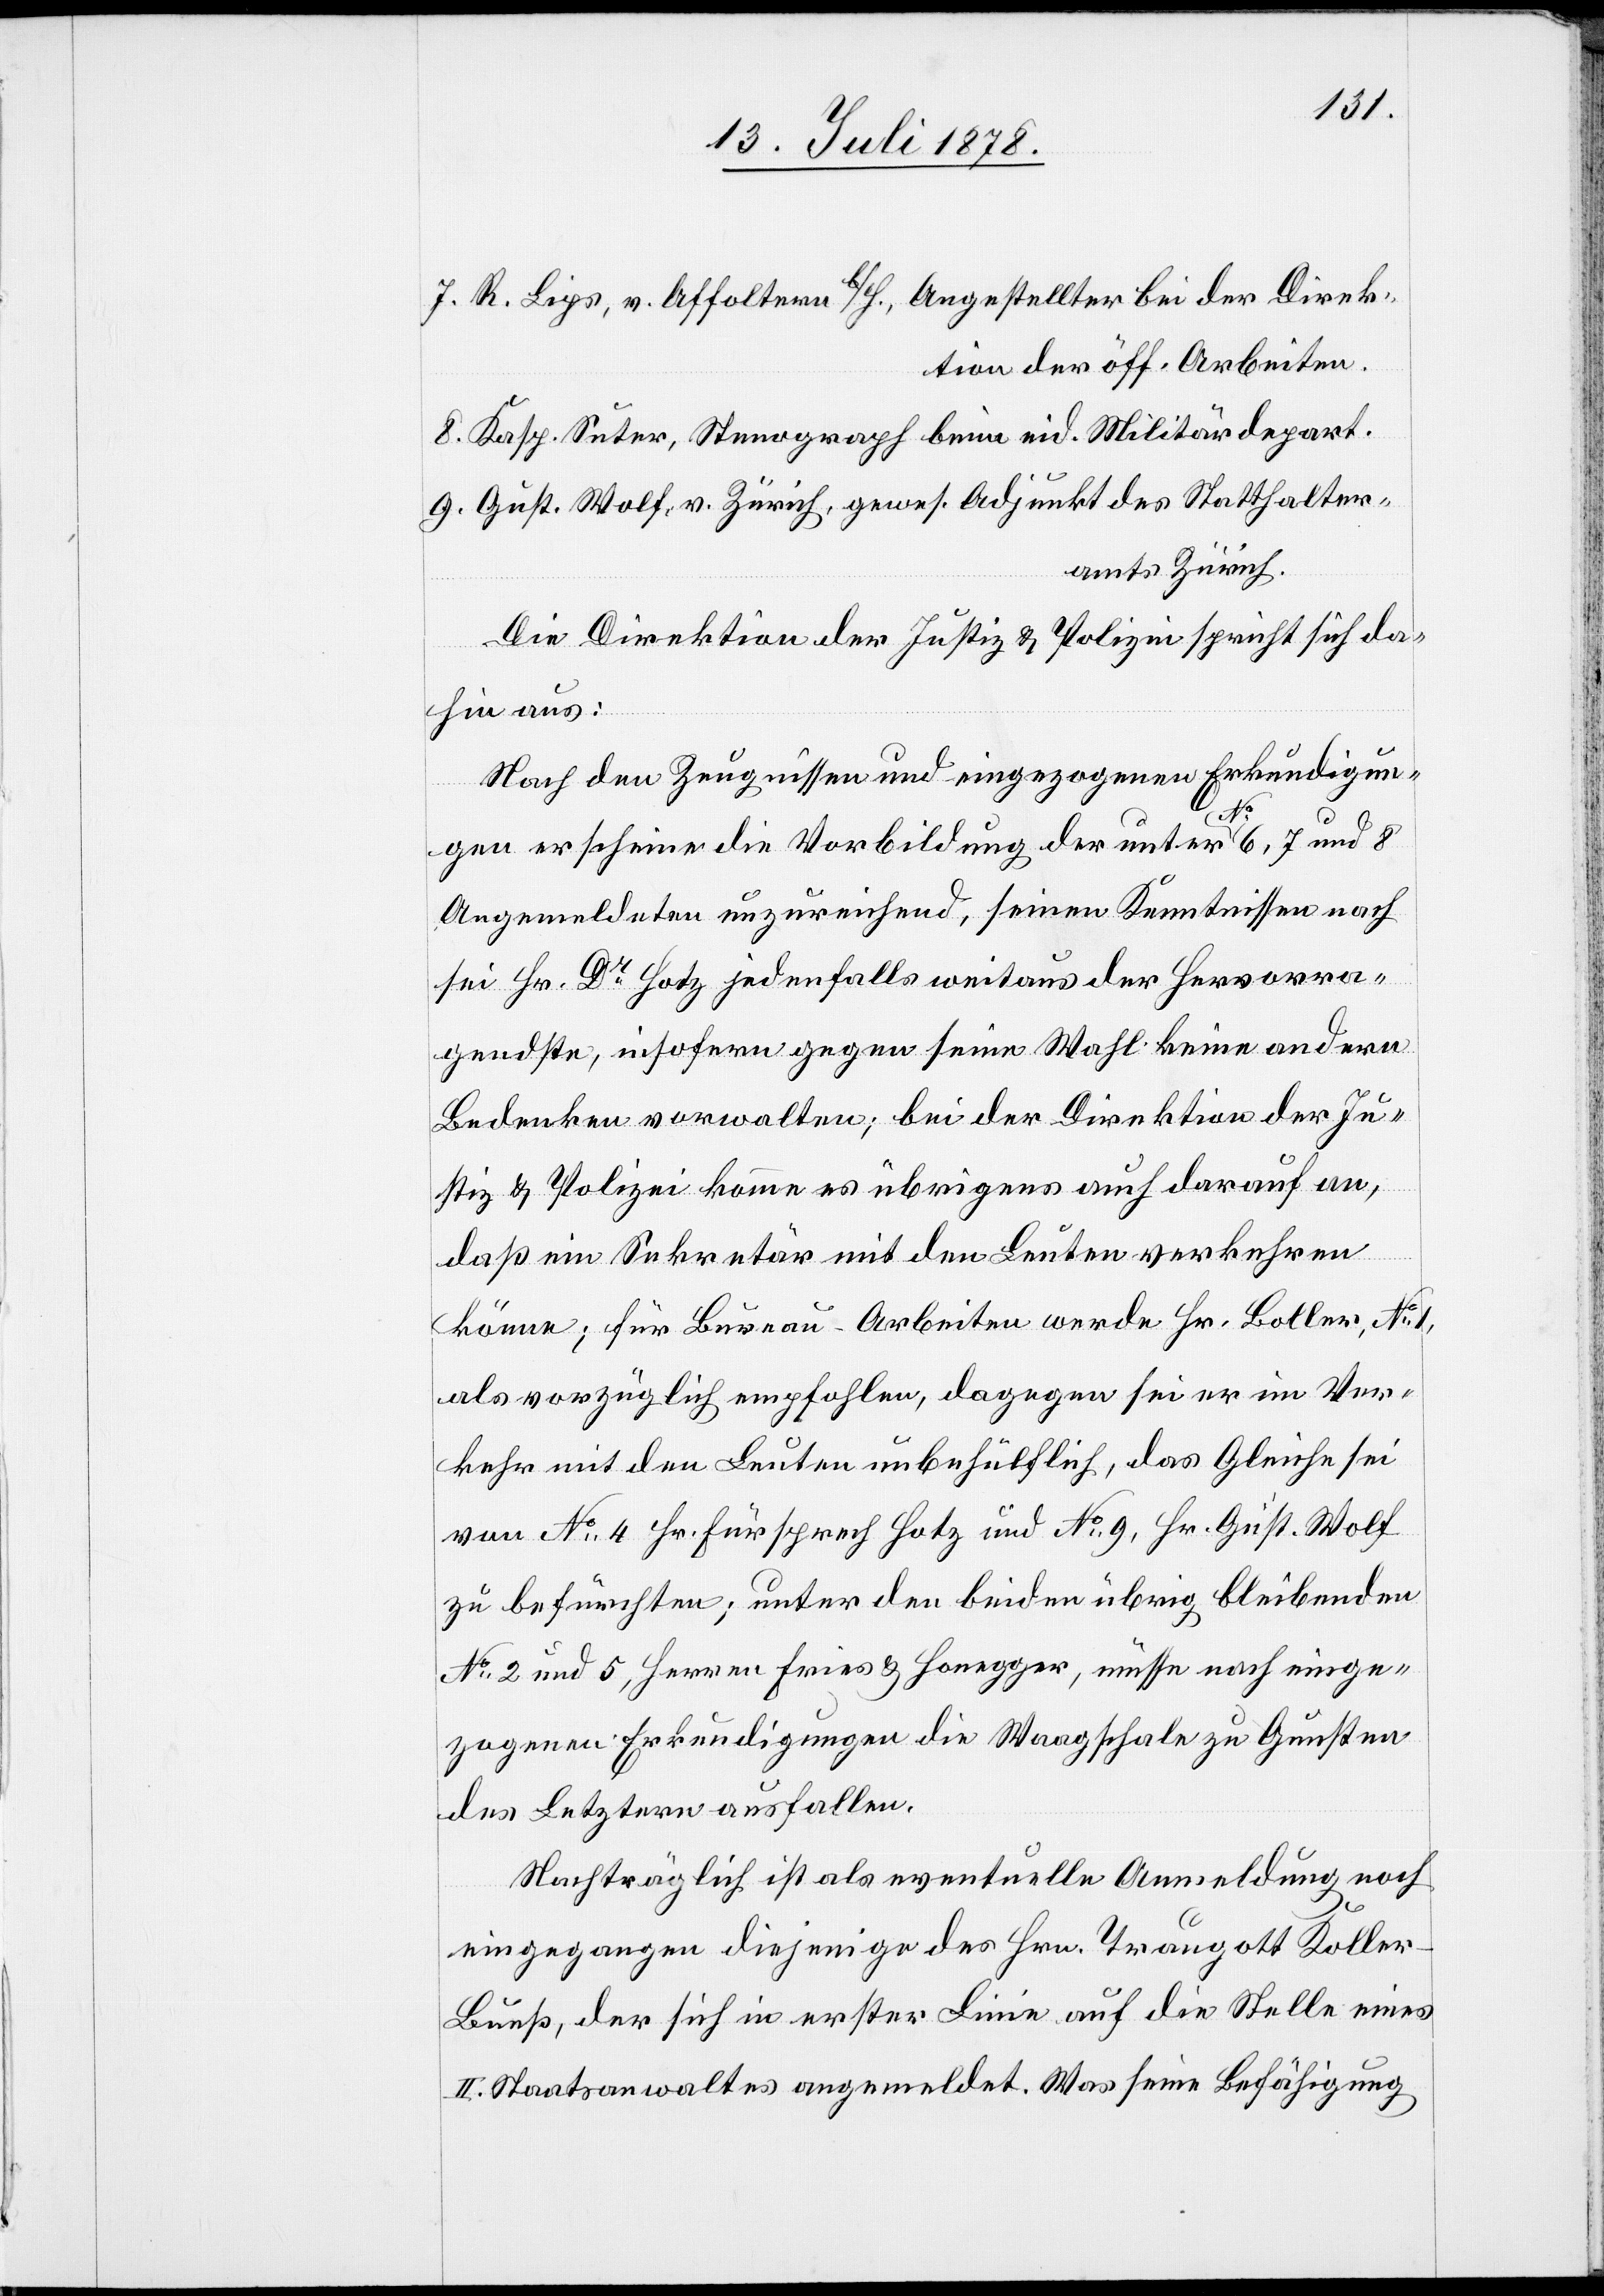
7. R. Lips, v. Affoltern b/H., Angestellter bei der Direk¬
tion der öff. Arbeiten.
8. Kasp. Suter, Stenograph beim eid. Militärdepart.
9. Gust. Wolf, v. Zürich, gewes. Adjunkt des Statthalter¬
amts Zürich.
Die Direktion der Justiz & Polizei spricht sich da¬
hin aus:
Nach den Zeugnissen und eingezogenen Erkundigun¬
gen erscheine die Vorbildung der unter No 6, 7 und 8
Angemeldeten unzureichend, seinen Kenntnissen nach
sei Hr. Dr Hotz jedenfalls weitaus der Hervorra¬
gendste, insofern gegen seine Wahl keine andern
Bedenken vorwalten; bei der Direktion der Ju¬
stiz & Polizei komme es übrigens auch darauf an,
daß ein Sekretär mit den Leuten verkehren
könne; für Bureau-Arbeiten werde Hr. Boller, No 1,
als vorzüglich empfohlen, dagegen sei er im Ver¬
kehr mit den Leuten unbehülflich, das gleiche sei
von No 4 Hr. Fürsprech Hotz und No 9, Hr. Gust. Wolf
zu befürchten; unter den beiden übrig bleibenden
No 2 und 5, Herren Fries & Honegger, müsse nach einge¬
zogenen Erkundigungen die Waagschale zu Gunsten
des Letztern ausfallen.
Nachträglich ist als eventuelle Anmeldung noch
eingegangen diejenige des Hrn. Traugott Kolle¬
r-Bueß, der sich in erster Linie auf die Stelle eines
II. Staatsanwalts angemeldet. Was seine Befähigung